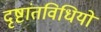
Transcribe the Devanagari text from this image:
दृष्टांतविधियों